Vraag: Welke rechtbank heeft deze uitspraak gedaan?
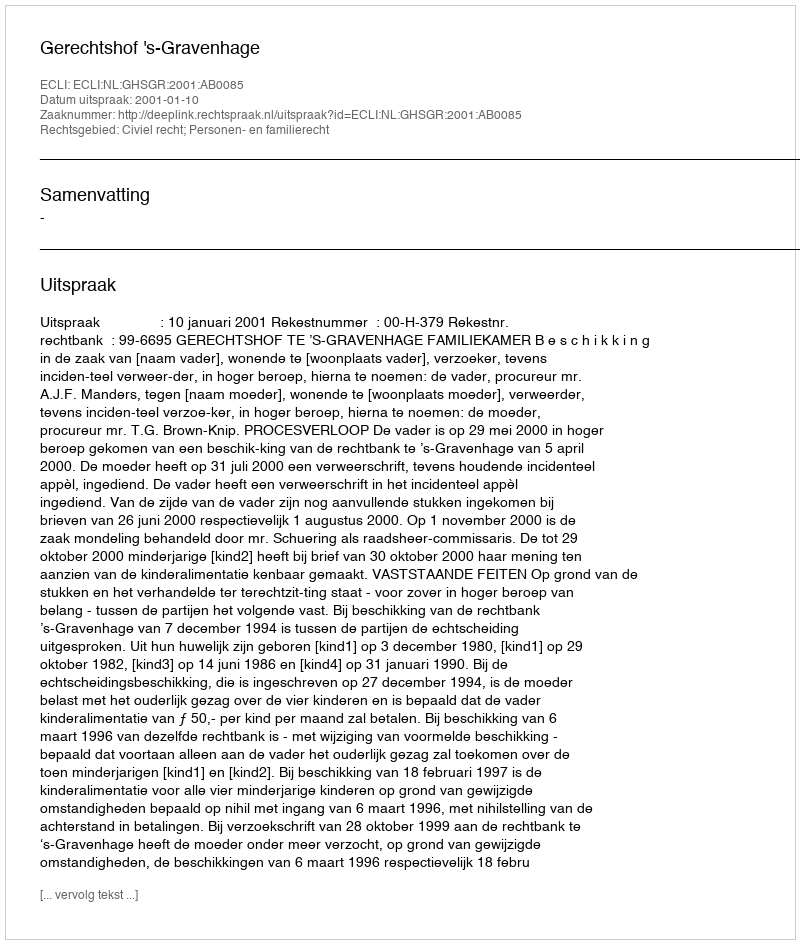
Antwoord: Gerechtshof 's-Gravenhage